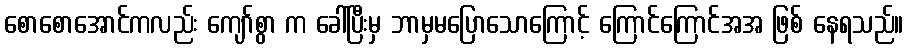
စောစောအောင်ကလည်း ကျော်စွာ က ခေါ်ပြီးမှ ဘာမှမပြောသောကြောင့် ကြောင်ကြောင်အအ ဖြစ် နေရသည်။